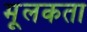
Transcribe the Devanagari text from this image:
मूलकता